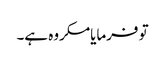
تو فرمایامکروہ ہے۔